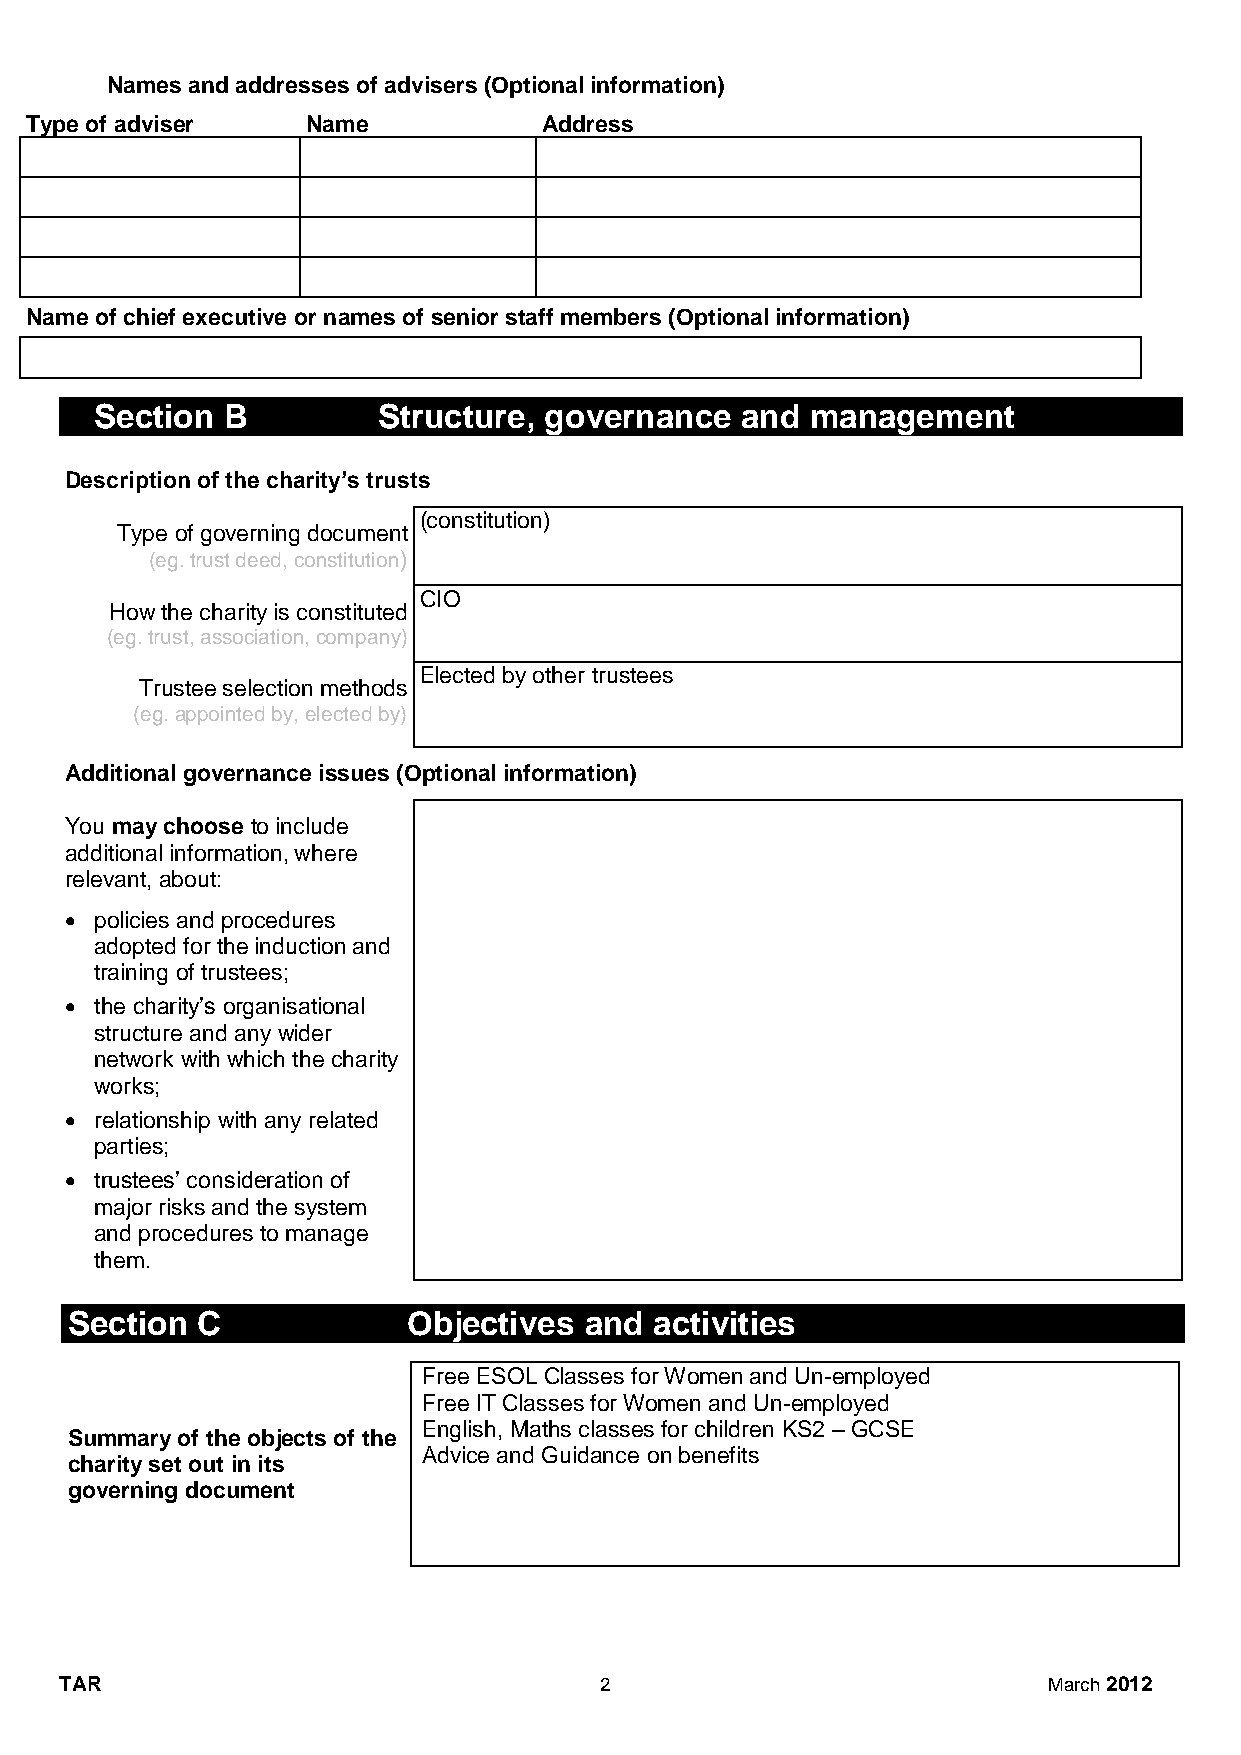
Names and addresses of advisers (Optional information)
 Type of adviser   Name            Address
 Name of chief executive or names of senior staff members (Optional information)
 Section  B         Structure, governance   and  management
 Description of the charity’s trusts
 (constitution)
 Type of governing document
 (eg. trust deed, constitution)
 CIO
 How the charity is constituted
 (eg. trust, association, company)
 Elected by other trustees
 Trustee selection methods
 (eg. appointed by, elected by)
 Additional governance issues (Optional information)
 You may choose to include
 additional information, where
 relevant, about:
  policies and procedures
 adopted for the induction and
 training of trustees;
  the charity’s organisational
 structure and any wider
 network with which the charity
 works;
  relationship with any related
 parties;
  trustees’ consideration of
 major risks and the system
 and procedures to manage
 them.
 Section  C             Objectives  and activities
 Free ESOL Classes for Women and Un-employed
 Free IT Classes for Women and Un-employed
 English, Maths classes for children KS2 – GCSE
 Summary of the objects of the
 Advice and Guidance on benefits
 charity set out in its
 governing document
 TAR                                 2                            March 2012